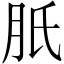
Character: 𦙆